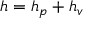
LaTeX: h = h _ { p } + h _ { v }